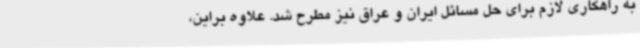
به راهکاری لازم برای حل مسائل ایران و عراق نیز مطرح شد. علاوه براین،